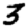
Digit: 3